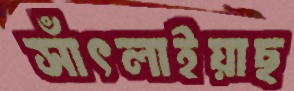
সাঁৎলাইয়াছ